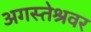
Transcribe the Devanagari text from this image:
अगस्‍तेश्रवर